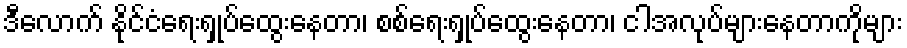
ဒီလောက် နိုင်ငံရေးရှုပ်ထွေးနေတာ၊ စစ်ရေးရှုပ်ထွေးနေတာ၊ ငါအလုပ်များနေတာကိုများ